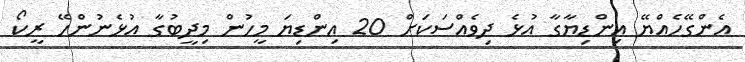
އެންގޭހެއްޔޭ އިންޑިޔާގާ އުޅެ ދިވެއްސަކަށް 20 އިންޑިޔަ މީހުން މިދީބުގާ އުޅެނުންހޭ ރީކޯ